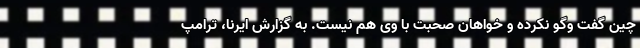
چین گفت‌ وگو نکرده و خواهان صحبت با وی هم نیست. به گزارش ایرنا، ترامپ